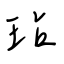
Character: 玷